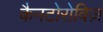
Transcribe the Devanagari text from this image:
कैनटोरोविज़